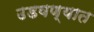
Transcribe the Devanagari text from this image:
उडवण्यात